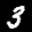
Label: 3